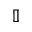
\mathbb { I }